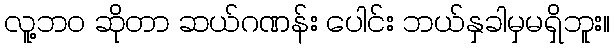
လူ့ဘဝ ဆိုတာ ဆယ်ဂဏန်း ပေါင်း ဘယ်နှခါမှမရှိဘူး။